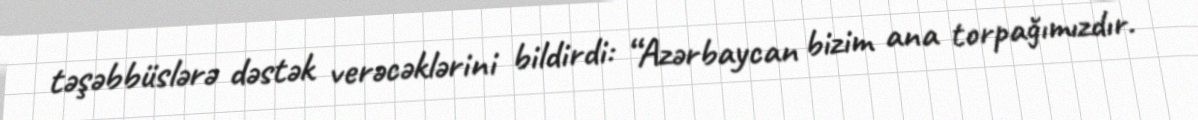
təşəbbüslərə dəstək verəcəklərini bildirdi: “Azərbaycan bizim ana torpağımızdır.